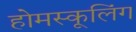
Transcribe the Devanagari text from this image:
होमस्कूलिंग